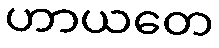
ဟာယတေ